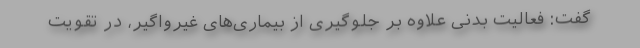
گفت: فعالیت بدنی علاوه بر جلوگیری از بیماری‌های غیرواگیر، در تقویت